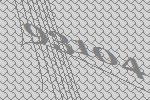
93104